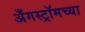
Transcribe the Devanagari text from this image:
अँगस्ट्रॉमच्या